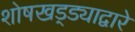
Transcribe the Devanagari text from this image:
शोषखड्ड्याद्वारे